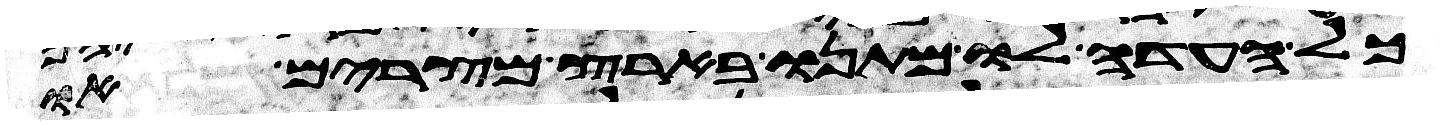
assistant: כל העדה לו מתנו בארץ מצרים או